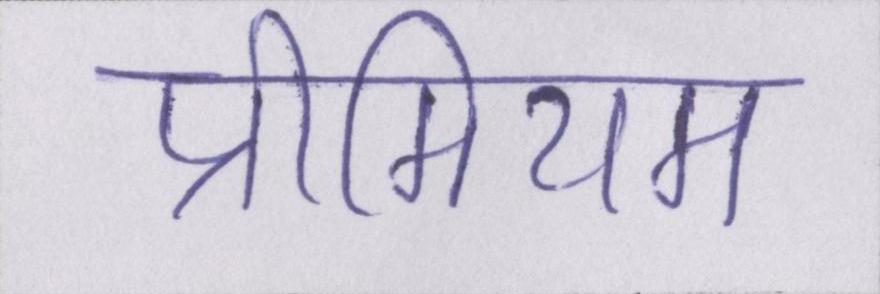
प्रीमियम